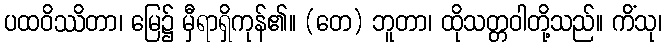
ပထဝိဿိတာ၊ မြေ၌ မှီရာရှိကုန်၏။ (တေ) ဘူတာ၊ ထိုသတ္တဝါတို့သည်။ ကိံသု၊